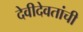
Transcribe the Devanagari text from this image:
देवीदेवतांची